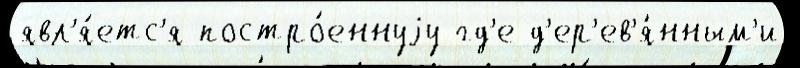
явл'я́етс'я постро́еннуjу гд'е д'ер'ев'я́нным'и